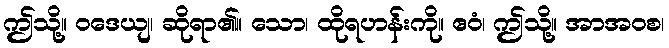
ဤသို့။ ဝဒေယျ၊ ဆိုရာ၏။ သော၊ ထိုရဟန်းကို။ ဧဝံ၊ ဤသို့။ အာအဝစ၊